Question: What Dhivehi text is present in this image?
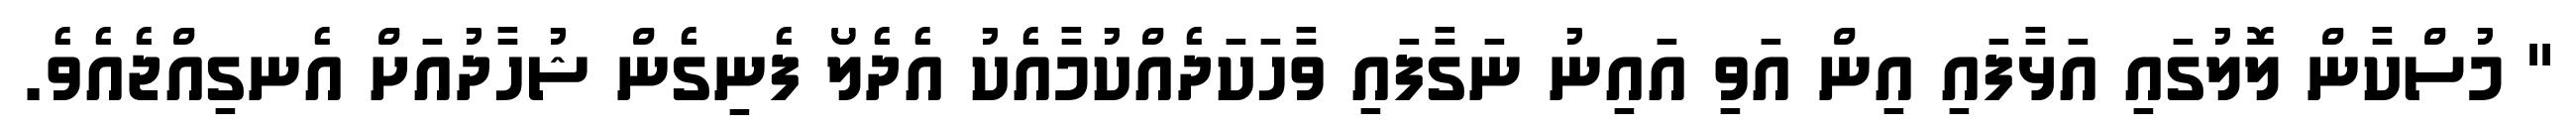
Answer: " މުސްކާން ލޮލުގައި އަޅާފައި އިން އަވި އައިނު ނަގާފައި ވާހަކަދެއްކުމާއެކު އެދެލޯ ފެނިގެން ޝުހާދުއަށް އެނގިއްޖެއެވެ.